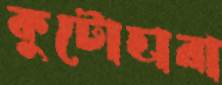
কুটোহারা